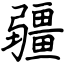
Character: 疆